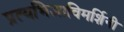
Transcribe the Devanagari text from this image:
प्रत्यभिज्ञाविमर्शिनी